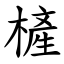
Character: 㯆